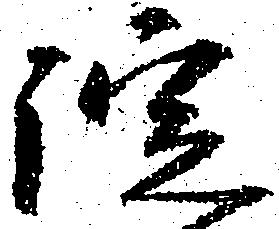
諚